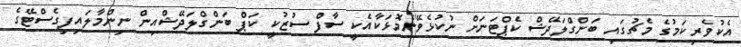
އެކުވެރިކަމުގެ މެޗުގައި ބަންގްލަދޭޝް ކެޕްޓަނަށް ނުކުޅެވޭނެމޮޅަކާއެކީ ސާފް ސުޒުކީ ކަޕް ބަންގްލަދޭޝްއިން ނިންމާލައިފިގެސްޓޭގެ